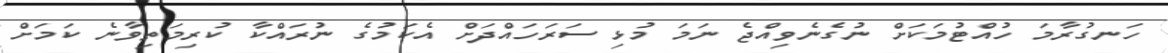
ހަނގުރާމަ ހުއްޓުމަކަށް ނުގެނެވިއްޖެ ނަމަ މުޅި ސަރަހައްދަށް އެކަމުގެ ނުރައްކާ ކުރިމަތިވާނެ ކަމަށް